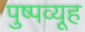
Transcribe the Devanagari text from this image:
पुष्पव्यूह